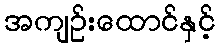
အကျဉ်းထောင်နှင့်